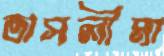
তাসলীমা